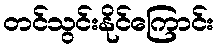
တင်သွင်းနိုင်ကြောင်း